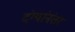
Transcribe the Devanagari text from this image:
दंग्यांनंतर